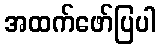
အထက်ဖော်ပြပါ